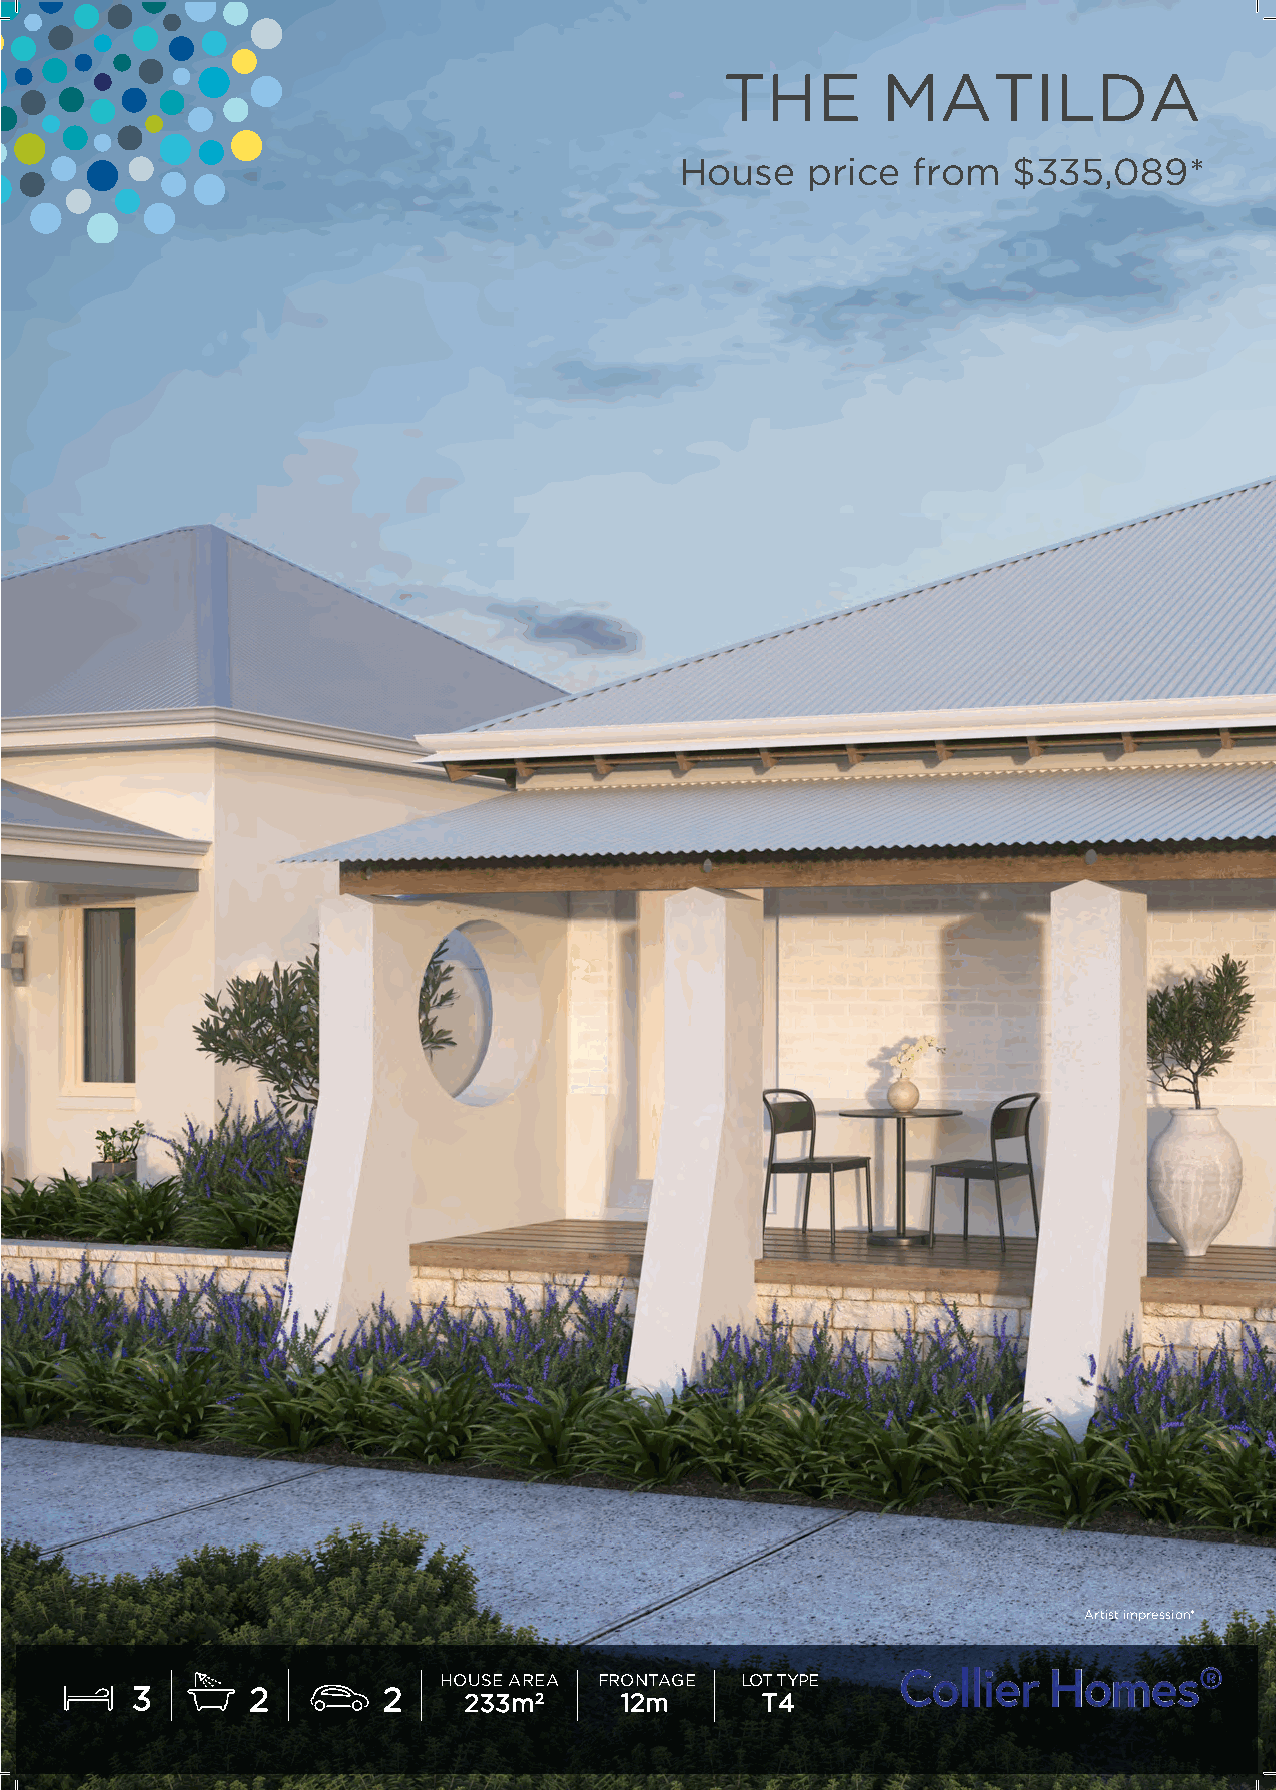
THE       MATILDA
 House   price  from   $335,089*
 Artist impression*
 HOUSE AREA FRONTAGE LOT TYPE
 3      2        2     233m2     12m      T4
 Dale Alcock - 12m Single - The Dunes - New Template.pdf 1                1/8/2020 3:25:21 PM